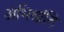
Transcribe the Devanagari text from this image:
अभिश्रांति